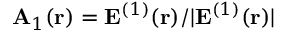
{ \bf A } _ { 1 } ( { \bf r } ) = { \bf E } ^ { ( 1 ) } ( { \bf r } ) / | { \bf E } ^ { ( 1 ) } ( { \bf r } ) |